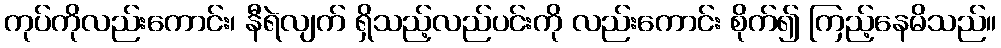
ကုပ်ကိုလည်းကောင်း၊ နီရဲလျက် ရှိသည့်လည်ပင်းကို လည်းကောင်း စိုက်၍ ကြည့်နေမိသည်။